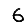
Digit: 6